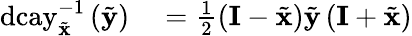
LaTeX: \begin{array}{rl}{\mathrm{dcay}_{\tilde{\mathbf{x}}}^{-1}\left(\tilde{\mathbf{y}}\right)}&{{}=\frac{1}{2}\left(\mathbf{I}-\tilde{\mathbf{x}}\right)\tilde{\mathbf{y}}\left(\mathbf{I}+\tilde{\mathbf{x}}\right)}\end{array}